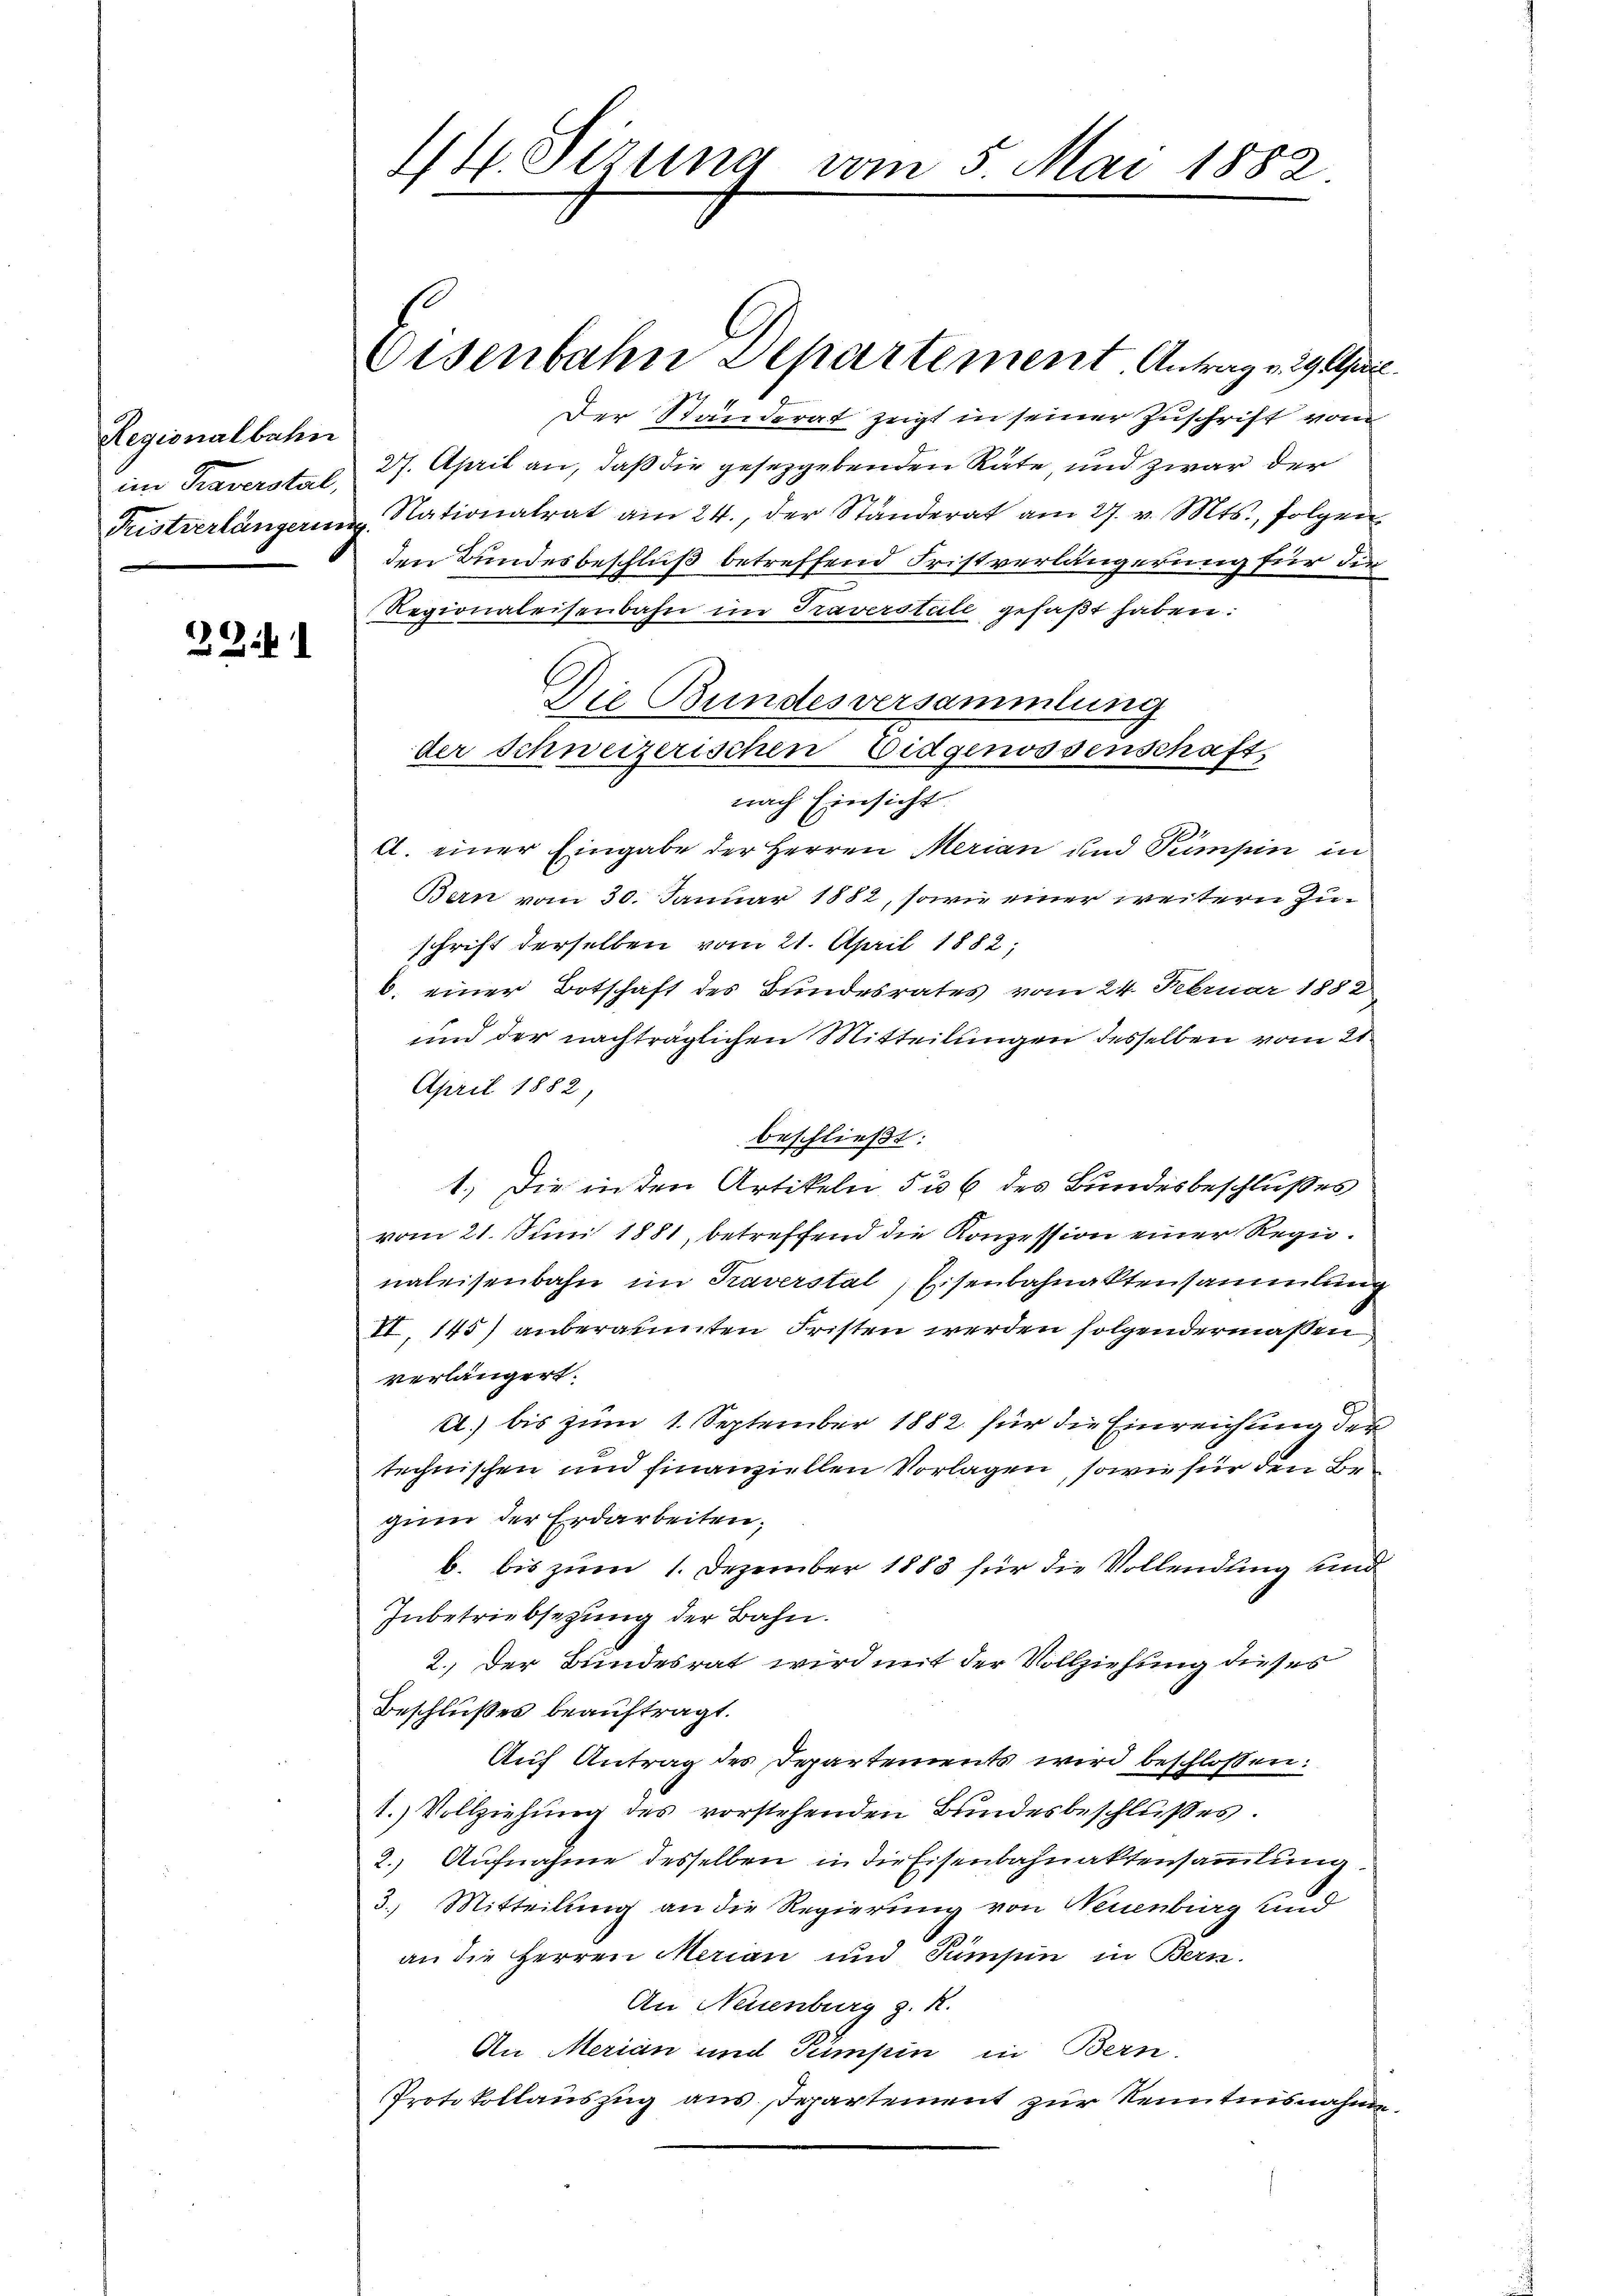
Regionalbahn
im Traverstal,
Fristverlängerin

22

44. Sizung vom 5. Mai 1882

Eisenbahn Departement Antrag v. 29 Au
Der Ständerat zeigt in seiner Zuschrift von
27. April an, daß die gesetzgebenden Räte, und zwar der
Nationalrat am 24., der Ständerat am 27. v. Mts., folgen
den Bundesbeschluß betreffend Fristverlängerung für die
Regionaleisenbahn im Traverstile gefaßt haben:
Die Bundesversammlung
der Schweizerischen Eidgenossenschaft,
nach Einsicht.
A. einer Eingabe der Herren Merian und Pumpen in
Bern vom 30. Januar 1882, sowie einer weitern Zuschrift derselben vom 21. April 1882
6. einer Botschaft des Bundesrates vom 24. Februar 1882
und der nachträglichen Mitteilungen desselben vom 21
April 1882
beschließt:
1.) Die in den Artikeln, 5 u 6 des Bundesbeschlußes
vom 21. Juni 1881, betreffend die Konzession einer Regienaleisenbahn im Traverstal, Eisenbahnaktensammlung
II 145) anberaumten Fristen werden folchendermaßen
verlängert.
A) bis zum 1. September 1882 für die Einreichung der
technischen und finanziellen Vorlagen, sowie für den Begum der Erdarbeiten;
b. bis zum 1. Dezember 1888 für die Vollendung und
Inbetriebsezung der Bahn.
2.) Der Bundesrat wird mit der Vollziehung dieses
Beschlußes beauftragt.
Auf Antrag des Departements wird beschlossen:
1. Vollziehung des vorstehenden Bundesbeschlußes.
2.) Aufnahme desselben in die Eisenbahnaktensammlung
3.) Mitteilung an die Regierung von Neuenburg und
an die Herren Marian und Sümsin in Bern.
An Neuenburg z. R.
An Merian und Tumpin in Bern.
Protokollauszug aus Departement zur Kenntnisnahme